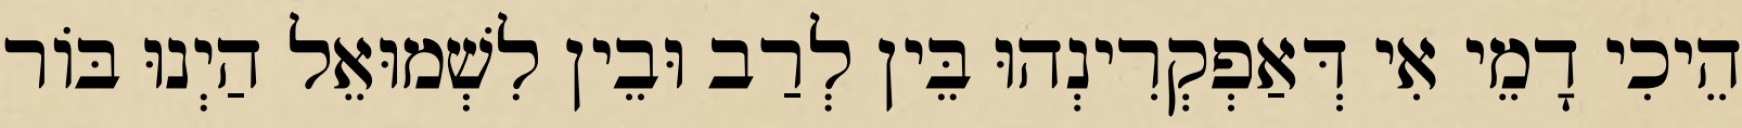
הֵיכִי דָמֵי אִי דְּאַפְקְרִינְהוּ בֵּין לְרַב וּבֵין לִשְׁמוּאֵל הַיְנוּ בּוֹר